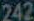
242